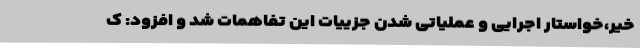
خیر،خواستار اجرایی و عملیاتی شدن جزییات این تفاهمات شد و افزود: ک